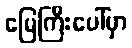
မြေကြီးပေါ်မှာ